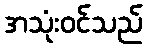
အသုံးဝင်သည်